Report on sanitation, dispensaries, and jails in Rajputana for 1913, and on vaccination for the year 1913-1914 - 1913-1914
Year: 1913
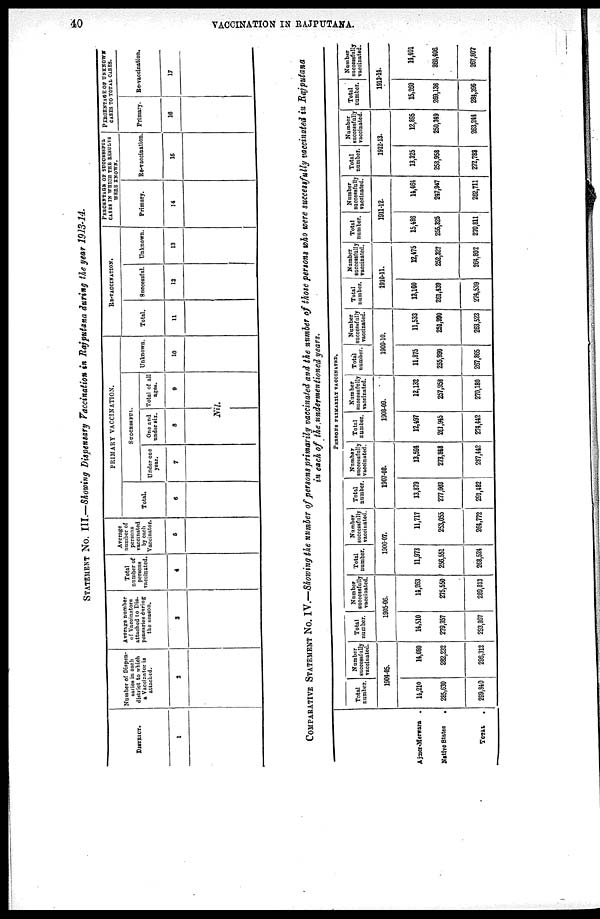
40
VACCINATION IN RAJPUTANA.
STATEMENT No. III.—Showing Dispensary Vaccination in Rajputana during the year 1913-14.
DISTRICT.
1
Number of Dispen¬
saries in each
district to which
a Vaccinator is
attached.
2
Average number
of Vaccinators
attached to Dis¬
pensaries during
the season.
3
Total
number of
persons
vaccinated.
4
Average
number of
persons
vaccinated
by each
Vaccinator.
5
PRIMARY VACCINATION.
Total.
6
SUCCESSFUL.
Under one
year.
7
One and
under six.
8
Total of all
ages.
9
Nil.
Unknown.
10
RE-VACCINATION.
Total.
11
Successful.
12
Unknown.
13
PERCENTAGE OF SUCCESSFUL
CASES IN WHICH THE RESULTS
WERE KNOWN.
Primary.
14
Re-vaccination.
15
PERCENTAGE OF UNKNOWN
CASES TO TOTAL CASES.
Primary.
16
Re-vaccination.
17
COMPARATIVE STATEMENT No. IV.—Showing the number of persons primarily vaccinated and the number of those persons who were successfully vaccinated in Rajputana
in each of the undermentioned years.
Ajamer-Merwara
.
Native States .
TOTAL .
PERSONS PRIMARILY VACCINATED.
Total
number.
Number
successfully
vaccinated.
1904-05.
14,210
285,630
299,840
14,080
282,232
296,312
Total
number.
Number
successfully
vaccinated.
1905-06.
14,510
279,3S7
293,867
14,263
275,550
289,813
Total
number.
Number
successfully
vaccinated.
1906-07.
11,873
256,551
268,524
11,717
253,055
264,772
Total
number.
Number
successfully
vaccinated.
1907-08.
13,879
277,603
291,482
13,591
273,848
287,442
Total
number.
Number
successfully
vaccinated.
1908-09.
12,497
261,945
274,442
12,132
257,958
270,180
Total
number.
Number
successfully
vaccinated.
1909-10.
11,875
255,990
267,865
11,533
251,990
263,523
Total
number.
Number
successfully
vaccinated.
1910-11.
13,100
261,439
274,539
12,475
252,327
264,802
Total
number.
Number
successfully
vaccinated.
1911-12.
15,486
255,325
270,811
14,464
247,947
262,711
Total
number.
Number
successfully
vaccinated.
1912-13.
13,325
258,958
272,783
12,895
250,349
263,244
Total
number.
Number
successfully
vaccinated.
1913-14.
15,260
269,136
284,396
14,401
280,406
267,807